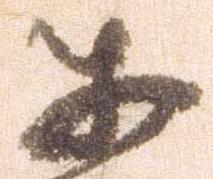
あ